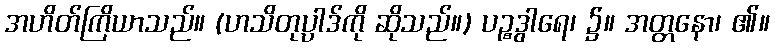
အဟိတ်ကြိယာသည်။ (ဟသိတုပ္ပါဒ်ကို ဆိုသည်။) ပဉ္စဒွါရေ၊ ၌။ အတ္တနော၊ ၏။